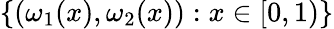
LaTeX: \{ (\omega_{1}(x),\omega_{2}(x)):x\in[0,1)\}